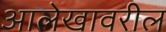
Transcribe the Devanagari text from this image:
आलेखावरील